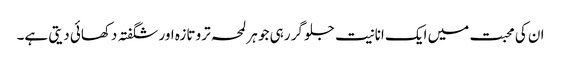
ان کی محبت میں ایک انانیت جلو گر رہی جو ہر لمحہ ترو تازہ اور شگفتہ دکھائی دیتی ہے۔